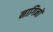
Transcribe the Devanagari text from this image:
नागिनों